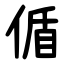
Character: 偱